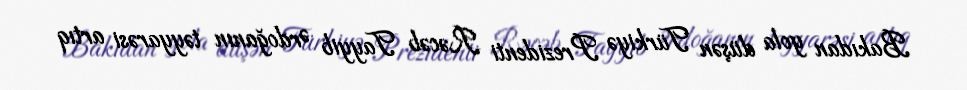
Bakıdan yola düşən Türkiyə Prezidenti Rəcəb Tayyib Ərdoğanın təyyarəsi artıq